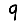
Digit: 9